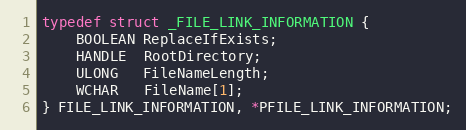
Language: C
typedef struct _FILE_LINK_INFORMATION {
	BOOLEAN ReplaceIfExists;
	HANDLE  RootDirectory;
	ULONG   FileNameLength;
	WCHAR   FileName[1];
} FILE_LINK_INFORMATION, *PFILE_LINK_INFORMATION;